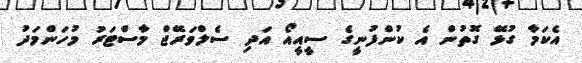
އެކަމާ ގުޅޭ ގޮތުން އެ ކުންފުނީގެ ސީއީއޯ އަދި ސެލްވަރޭޖް މާސްޓަރު މުހަންމަދު